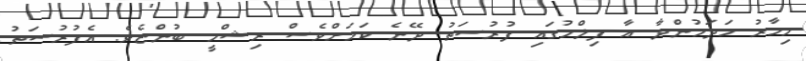
މިހާރު ހަދަމުންދާ އާ ފިލްމުގައި ފުރުސަތު ދޭނެ ކަމަށްވެސް ރިޝްމީ ބުންޏެވެ. އެފުރުސަތު